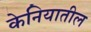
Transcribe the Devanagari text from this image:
केनियातील